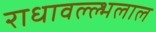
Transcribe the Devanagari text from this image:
राधावल्ल्भलाल